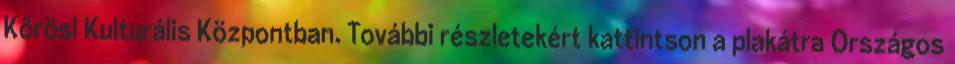
Kőrösi Kulturális Központban. További részletekért kattintson a plakátra Országos